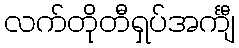
လက်တိုတီရှပ်အင်္ကျီ